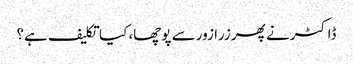
ڈاکٹر نے پھر زرا زور سے پوچھا، کیا تکلیف ہے؟